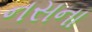
નસના